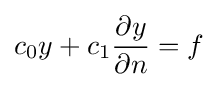
c_{0}y+c_{1}{\partial y \over \partial n}=f